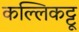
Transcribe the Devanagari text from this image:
कल्लिकट्टू